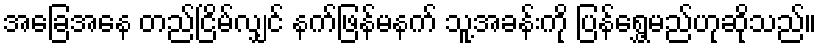
အခြေအနေ တည်ငြိမ်လျှင် နက်ဖြန်မနက် သူ့အခန်းကို ပြန်ရွှေ့မည်ဟုဆိုသည်။